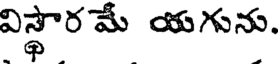
విస్తార మే యగును.